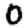
Digit: 0